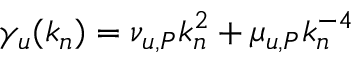
\gamma _ { u } ( k _ { n } ) = \nu _ { u , P } k _ { n } ^ { 2 } + \mu _ { u , P } k _ { n } ^ { - 4 }